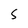
Character: G